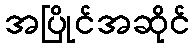
အပြိုင်အဆိုင်